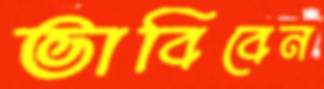
ভাবিবেন